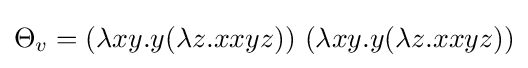
\Theta _{v}=(\lambda xy.y(\lambda z.xxyz))\ (\lambda xy.y(\lambda z.xxyz))